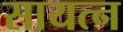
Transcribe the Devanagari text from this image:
सायत्न